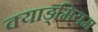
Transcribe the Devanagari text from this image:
क्याड्मियम